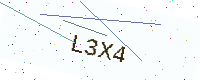
Text: L3X4